Report of the Bombay Plague Committee
Disease focus: Plague
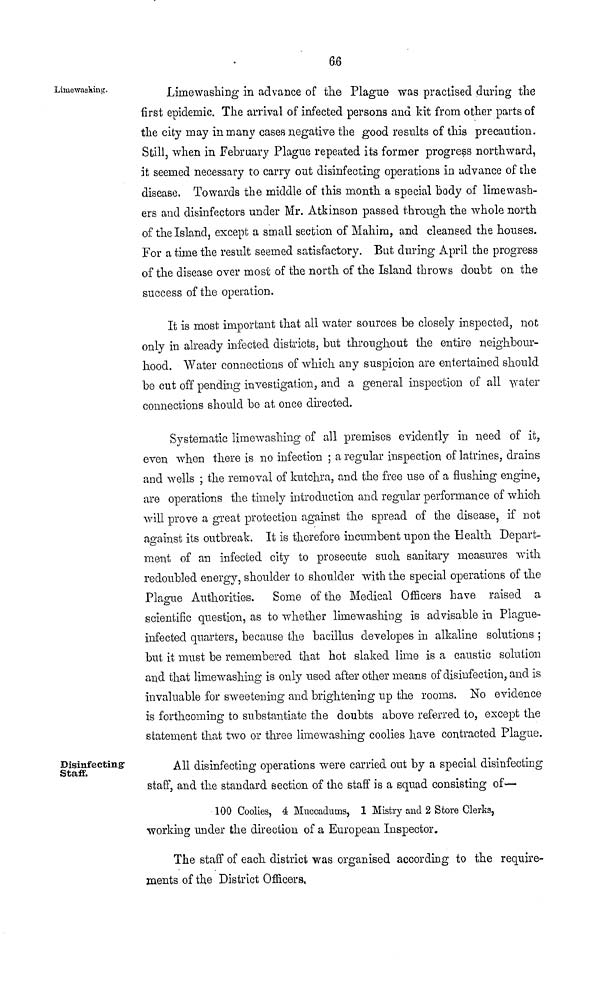
66
Limewashing.
Limewashing in advance of the Plague was practised during the
first epidemic. The arrival of infected persons and kit from other parts of
the city may in many cases negative the good results of this precaution.
Still, when in February Plague repeated its former progress northward,
it seemed necessary to carry out disinfecting operations in advance of the
disease. Towards the middle of this month a special body of limewash-
ers and disinfectors under Mr. Atkinson passed through the whole north
of the Island, except a small section of Mahim, and cleansed the houses.
For a time the result seemed satisfactory. But during April the progress
of the disease over most of the north of the Island throws doubt on the
success of the operation.
It is most important that all water sources be closely inspected, not
only in already infected districts, but throughout the entire neighbour-
hood. Water connections of which any suspicion are entertained should
be cut off pending investigation, and a general inspection of all water
connections should be at once directed.
Systematic limewashing of all premises evidently in need of it,
even when there is no infection ; a regular inspection of latrines, drains
and wells ; the removal of kutchra, and the free use of a flushing engine,
are operations the timely introduction and regular performance of which
will prove a great protection against the spread of the disease, if not
against its outbreak. It is therefore incumbent upon the Health Depart-
ment of an infected city to prosecute such sanitary measures with
redoubled energy, shoulder to shoulder with the special operations of the
Plague Authorities. Some of the Medical Officers have raised a
scientific question, as to whether limewashing is advisable in Plague-
infected quarters, because the bacillus developes in alkaline solutions ;
but it must be remembered that hot slaked lime is a caustic solution
and that limewashing is only used after other means of disinfection, and is
invaluable for sweetening and brightening up the rooms. No evidence
is forthcoming to substantiate the doubts above referred to, except the
statement that two or three limewashing coolies have contracted Plague.
Disinfecting
Staff.
All disinfecting operations were carried out by a special disinfecting
staff, and the standard section of the staff is a squad consisting of—
100 Coolies, 4 Muccadums, 1 Mistry and 2 Store Clerks,
working under the direction of a European Inspector.
The staff of each district was organised according to the require-
ments of the District Officers,